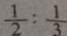
\frac { 1 } { 2 } : \frac { 1 } { 3 }